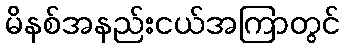
မိနစ်အနည်းငယ်အကြာတွင်